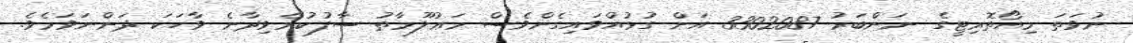
ނުވަތަ މިއޯތޮރިޓީގެ ނަންބަރު 3302087 އަށް ގުޅުއްވައިގެންވެސް މަޢުލޫމާތު ސާފުކުރެވިދާނެ ވާހަކަ ދަންނަވަމެވެ.